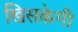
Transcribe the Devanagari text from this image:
खिसकेगी